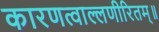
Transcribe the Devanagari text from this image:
कारणत्वाल्लणीरितम्॥